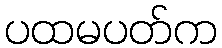
ပထမပတ်က